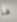
ما